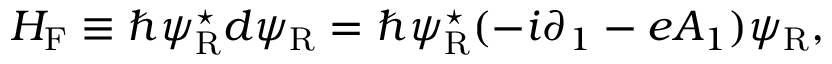
{ \cal H } _ { \mathrm { F } } \equiv \hbar \psi _ { \mathrm { R } } ^ { \star } d \psi _ { \mathrm { R } } = \hbar \psi _ { \mathrm { R } } ^ { \star } ( - i { \partial } _ { 1 } - e A _ { 1 } ) \psi _ { \mathrm { R } } ,